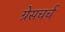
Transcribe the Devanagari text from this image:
ग्रेसचर्च